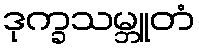
ဒုက္ခသမ္ဘူတံ